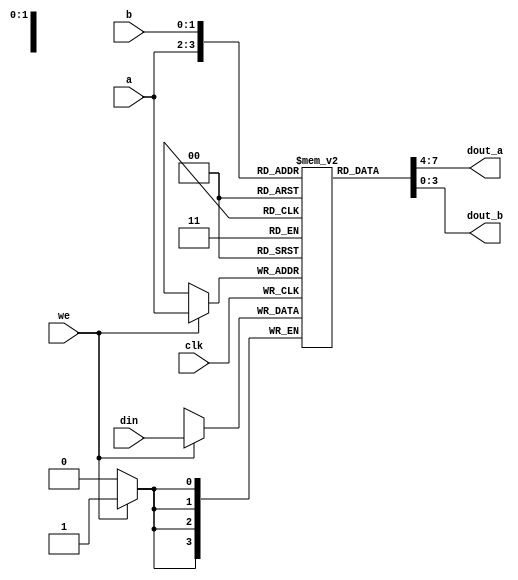
`timescale 1ns/1ns

module regf(clk, we, din, a, dout_a, b, dout_b);
	input        clk, we;
	input  [3:0] din;
	input  [1:0] a, b;
	output [3:0] dout_a, dout_b;
	reg    [3:0] data [0:3];
	always@(posedge clk) begin
		if(we == 1'b1) begin
			data[a] <= din;
		end
	end
	assign dout_a = data[a];
	assign dout_b = data[b];

	initial begin
		data[0] = 4'h0;
		data[1] = 4'h0;
		data[2] = 4'h0;
		data[3] = 4'h0;
	end
	wire   [3:0] r0, r1, r2, r3;
	assign r0 = data[0];
	assign r1 = data[1];
	assign r2 = data[2];
	assign r3 = data[3];
endmodule

module reg8(clk, rst, we, din, dout);
	input        clk, rst, we;
	input  [7:0] din;
	output [7:0] dout;
	reg    [7:0] dout;

	always@(posedge clk) begin
		if(rst == 1'b0) begin
			dout <= 8'b00000000;
		end else if(we == 1'b1) begin
			dout <= din;
		end
	end
endmodule

module reg4(clk, rst, we, din, dout);
	input        clk, rst, we;
	input  [3:0] din;
	output [3:0] dout;
	reg    [3:0] dout;

	always@(posedge clk) begin
		if(rst == 1'b0) begin
			dout <= 4'b0000;
		end else if(we == 1'b1) begin
			dout <= din;
		end
	end
endmodule

module reg2(clk, rst, we, din, dout);
	input        clk, rst, we;
	input  [1:0] din;
	output [1:0] dout;
	reg    [1:0] dout;

	always@(posedge clk) begin
		if(rst == 1'b0) begin
			dout <= 2'b00;
		end else if(we == 1'b1) begin
			dout <= din;
		end
	end
endmodule